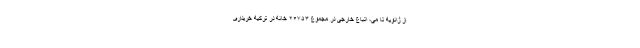
از ژانویه تا می، اتباع خارجی در مجموع ۲۶۷۵۳ خانه در ترکیه خریداری